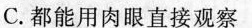
C. 都能用肉眼直接观察